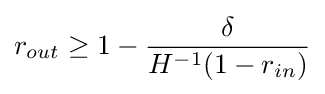
r_{out}\geq 1-{\frac {\delta }{H^{-1}(1-r_{in})}}